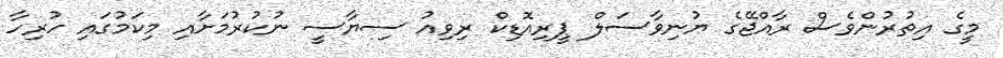
މީގެ އިތުރުންވެސް ރާއްޖޭގެ ޔުނިވާސަލް ޕީރިއޮޑިކް ރިވިއު ސިޔާސީ ނުކުރުމަށާއި މިކަމުގައި ހުރިހާ